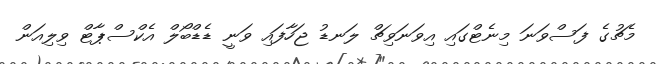
މެޗުގެ ފަސްވަނަ މިނެޓްގައި އިވަނަވިޗް ލަނޑު ޖަހާފައި ވަނީ ޑެޑްބޯލް އެކްސްޕާޓް ވިލިއަން